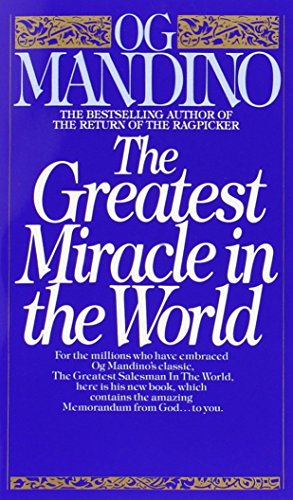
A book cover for The Greatest Miracle in the World; Og Mandino; Politics & Social Sciences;